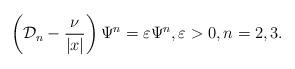
LaTeX: \begin{align*}\left(\mathcal{D}_n-\frac{\nu}{|x|}\right)\Psi^n=\varepsilon\Psi^n,\varepsilon>0,n=2,3.\end{align*}